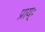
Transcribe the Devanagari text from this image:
प्राय्ः